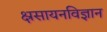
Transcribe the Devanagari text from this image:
क्ष्रसायनविज्ञान